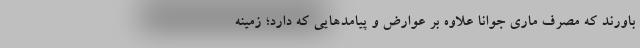
باورند که مصرف ماری جوانا علاوه بر عوارض و پیامد‌هایی که دارد؛ زمینه